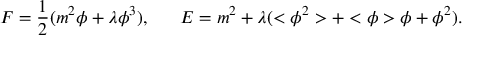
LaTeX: F = \frac { 1 } { 2 } ( m ^ { 2 } \phi + \lambda \phi ^ { 3 } ) , \; \; \; \; \; \; E = m ^ { 2 } + \lambda ( < \phi ^ { 2 } > + < \phi > \phi + \phi ^ { 2 } ) .